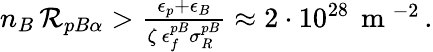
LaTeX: \begin{array}{r}{n_{B}\, {\cal R}_{pB\alpha}>\frac{\epsilon_{p}+\epsilon_{B}}{\zeta\, \epsilon_{f}^{pB}\sigma_{R}^{pB}}\approx 2\cdot 10^{28}\, \mathrm{~m~}^{-2}\, .}\end{array}